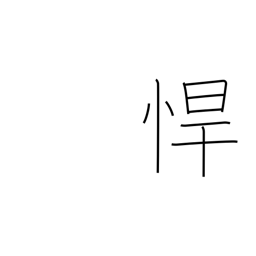
Meaning: rough